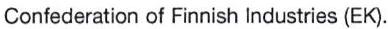
Confederation of Finnish Industries (EK).